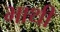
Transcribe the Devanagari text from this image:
भाथी